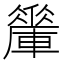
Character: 𨎯